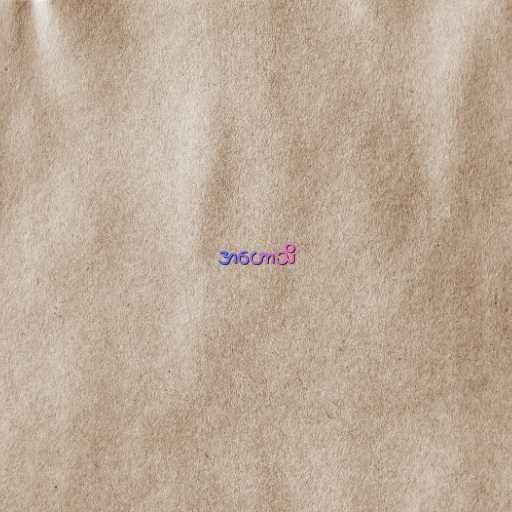
အဟောသိ